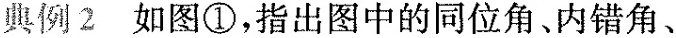
典例2 如图①，指出图中的同位角、内错角、